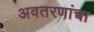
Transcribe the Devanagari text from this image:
अवतरणांचा